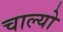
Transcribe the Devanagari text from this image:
चाल्‍यो